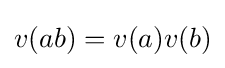
v(ab)=v(a)v(b)